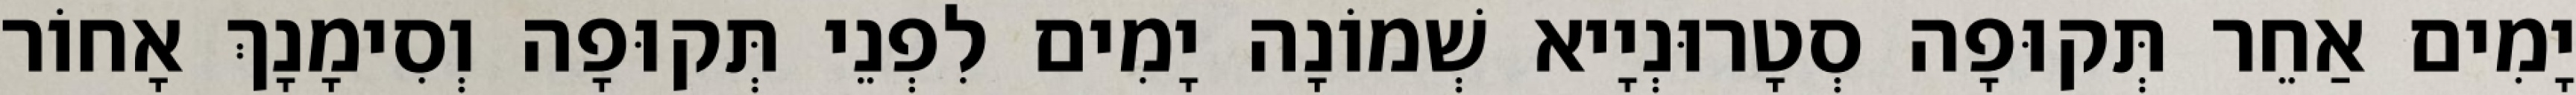
יָמִים אַחֵר תְּקוּפָה סְטָרוּנְיָיא שְׁמוֹנָה יָמִים לִפְנֵי תְּקוּפָה וְסִימָנָךְ אָחוֹר